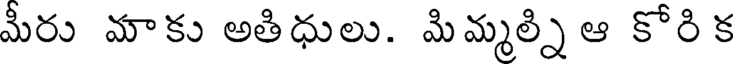
మీరు మాకు అతిధులు. మిమ్మల్ని ఆ కోరి క